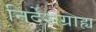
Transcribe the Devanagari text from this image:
निर्देशग्राह्य